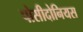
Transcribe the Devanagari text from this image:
पोसीदोनियस